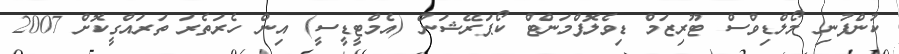
ކުންފުނި މޯލްޑިވްސް ޓޫރިޒަމް ޑިވެލޮޕްމަންޓް ކޯޕަރޭޝަން (އެމްޓީޑީސީ) އިން ހެރަތެރަ ތަރައްގީކޮށް 2007